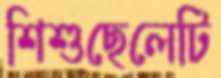
শিশুছেলেটি